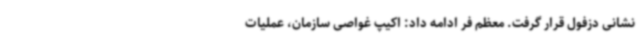
نشانی دزفول قرار گرفت. معظم فر ادامه داد: اکیپ غواصی سازمان، عملیات